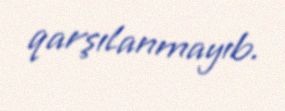
qarşılanmayıb.